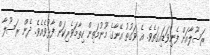
ރަސޫލާއަށް ފެނިވަޑައިގަތެވެ. އެ ވަގުތު އޭނާގެ މޫނުމަތިން ހިތާމަވެރިކަން ފާޅުވެއެވެ. ދެން ރަސޫލާ